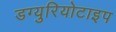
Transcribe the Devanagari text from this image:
डग्युरियोटाइप